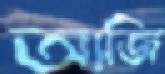
আজি